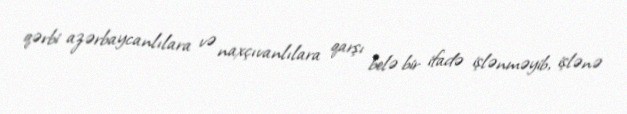
qərbi azərbaycanlılara və naxçıvanlılara qarşı belə bir ifadə işlənməyib, işlənə